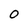
Character: O